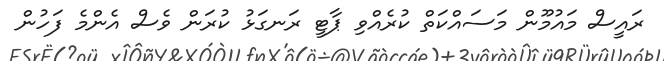
ރައީސް މައުމޫން މަސައްކަތް ކުރެއްވި ޕާޓީ ރަނގަޅު ކުރަން ވެސް އެންމެ ފަހުން